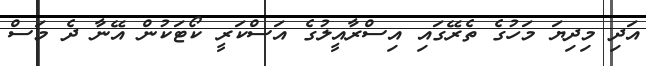
އަދި މިދިޔަ މަހުގެ ތެރޭގައި އިސްރާއީލުގެ އަސްކަރީ ކޯޓަކުން އޭނާ ދެ މަސް